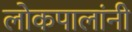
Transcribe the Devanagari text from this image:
लोकपालांनी